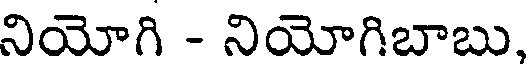
నియోగి - నియోగిబాబు,